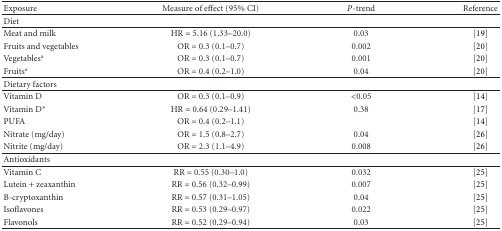
<table><thead><tr><td><b>Exposure</b></td><td><b>Measure of effect (95% CI) </b></td><td><b><i>P</i>-trend</b></td><td><b>Reference</b></td></tr></thead><tbody><tr><td>Diet</td><td> </td><td> </td><td> </td></tr><tr><td>Meat and milk</td><td>HR = 5.16 (1.33–20.0)</td><td>0.03</td><td>[19]</td></tr><tr><td>Fruits and vegetables</td><td>OR = 0.3 (0.1–0.7)</td><td>0.002</td><td>[20]</td></tr><tr><td>Vegetables<sup>a</sup></td><td>OR = 0.3 (0.1–0.7)</td><td>0.001</td><td>[20]</td></tr><tr><td>Fruits<sup>a</sup></td><td>OR = 0.4 (0.2–1.0)</td><td>0.04</td><td>[20]</td></tr><tr><td>Dietary factors</td><td> </td><td> </td><td> </td></tr><tr><td>Vitamin D</td><td>OR = 0.3 (0.1–0.9)</td><td>&lt;0.05</td><td>[14]</td></tr><tr><td>Vitamin D*</td><td>HR = 0.64 (0.29–1.41)</td><td>0.38</td><td>[17]</td></tr><tr><td>PUFA</td><td>OR = 0.4 (0.2–1.1)</td><td> </td><td>[14]</td></tr><tr><td>Nitrate (mg/day)</td><td>OR = 1.5 (0.8–2.7)</td><td>0.04</td><td>[26]</td></tr><tr><td>Nitrite (mg/day)</td><td>OR = 2.3 (1.1–4.9)</td><td>0.008</td><td>[26]</td></tr><tr><td>Antioxidants</td><td> </td><td> </td><td> </td></tr><tr><td>Vitamin C</td><td>RR = 0.55 (0.30–1.0)</td><td>0.032</td><td>[25]</td></tr><tr><td>Lutein + zeaxanthin</td><td>RR = 0.56 (0.32–0.99)</td><td>0.007</td><td>[25]</td></tr><tr><td>B-cryptoxanthin</td><td>RR = 0.57 (0.31–1.05)</td><td>0.04</td><td>[25]</td></tr><tr><td>Isoflavones</td><td>RR = 0.53 (0.29–0.97)</td><td>0.022</td><td>[25]</td></tr><tr><td>Flavonols </td><td>RR = 0.52 (0.29–0.94)</td><td>0.03</td><td>[25]</td></tr></tbody></table>